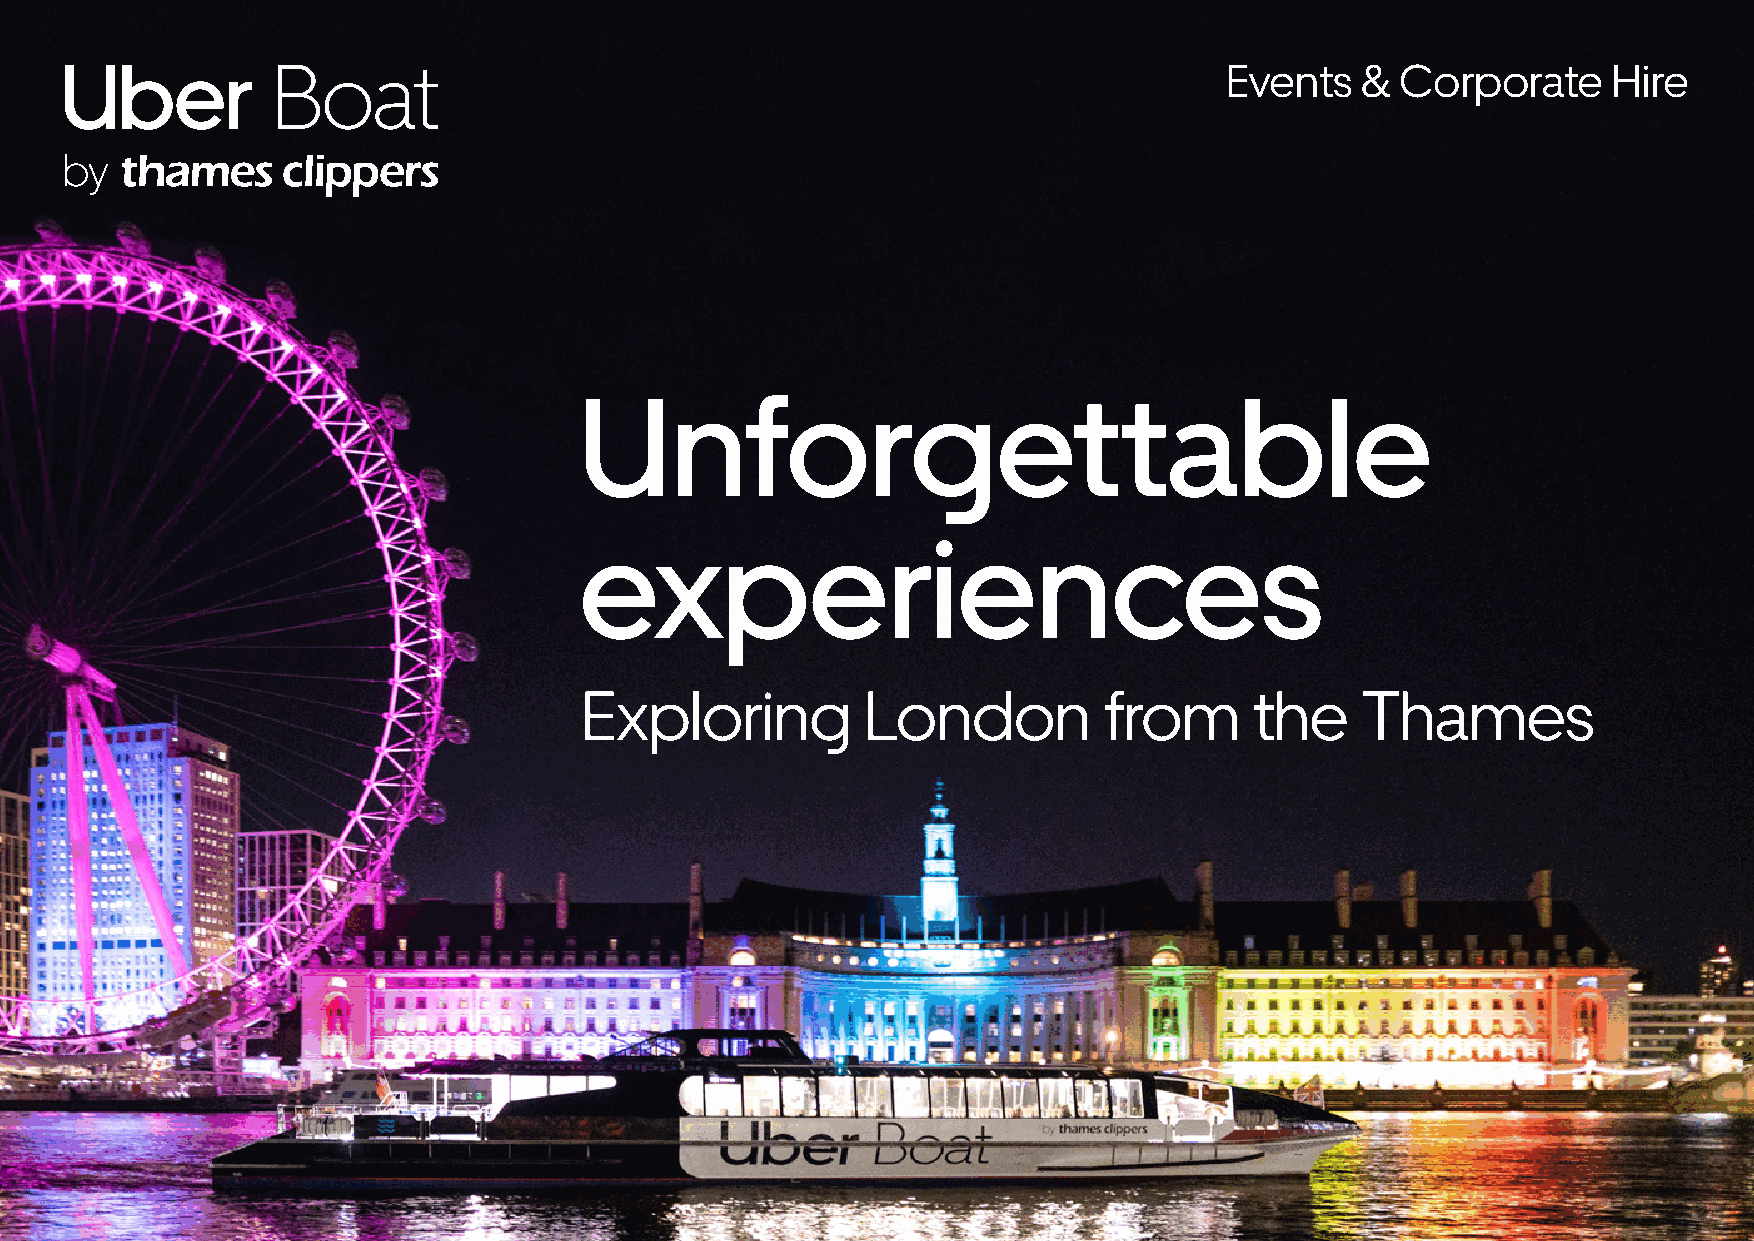
Events   &  Corporate     Hire
 Unforgettable
 experiences
 Exploring          London          from      the    Thames